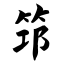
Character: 筇